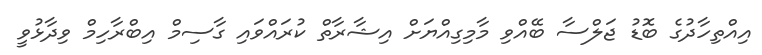
އިއްތިހާދުގެ ބޮޑު ޖަލްސާ ބޭއްވި މާމިގިއްޔަށް އިޝާރާތް ކުރައްވައި ގާސިމް އިބްރާހިމް ވިދާޅުވީ